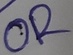
Text: OR